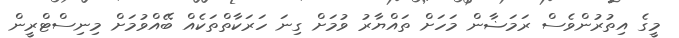
މީގެ އިތުރުންވެސް ރަމަޟާން މަހަށް ތައްޔާރު ވުމަށް ގިނަ ހަރަކާތްތަކެއް ބޭއްވުމަށް މިނިސްޓްރީން